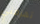
تهزمني